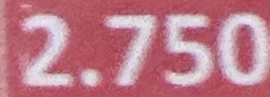
2.750